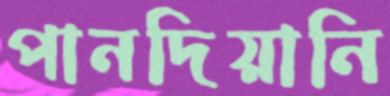
পানদিয়ানি